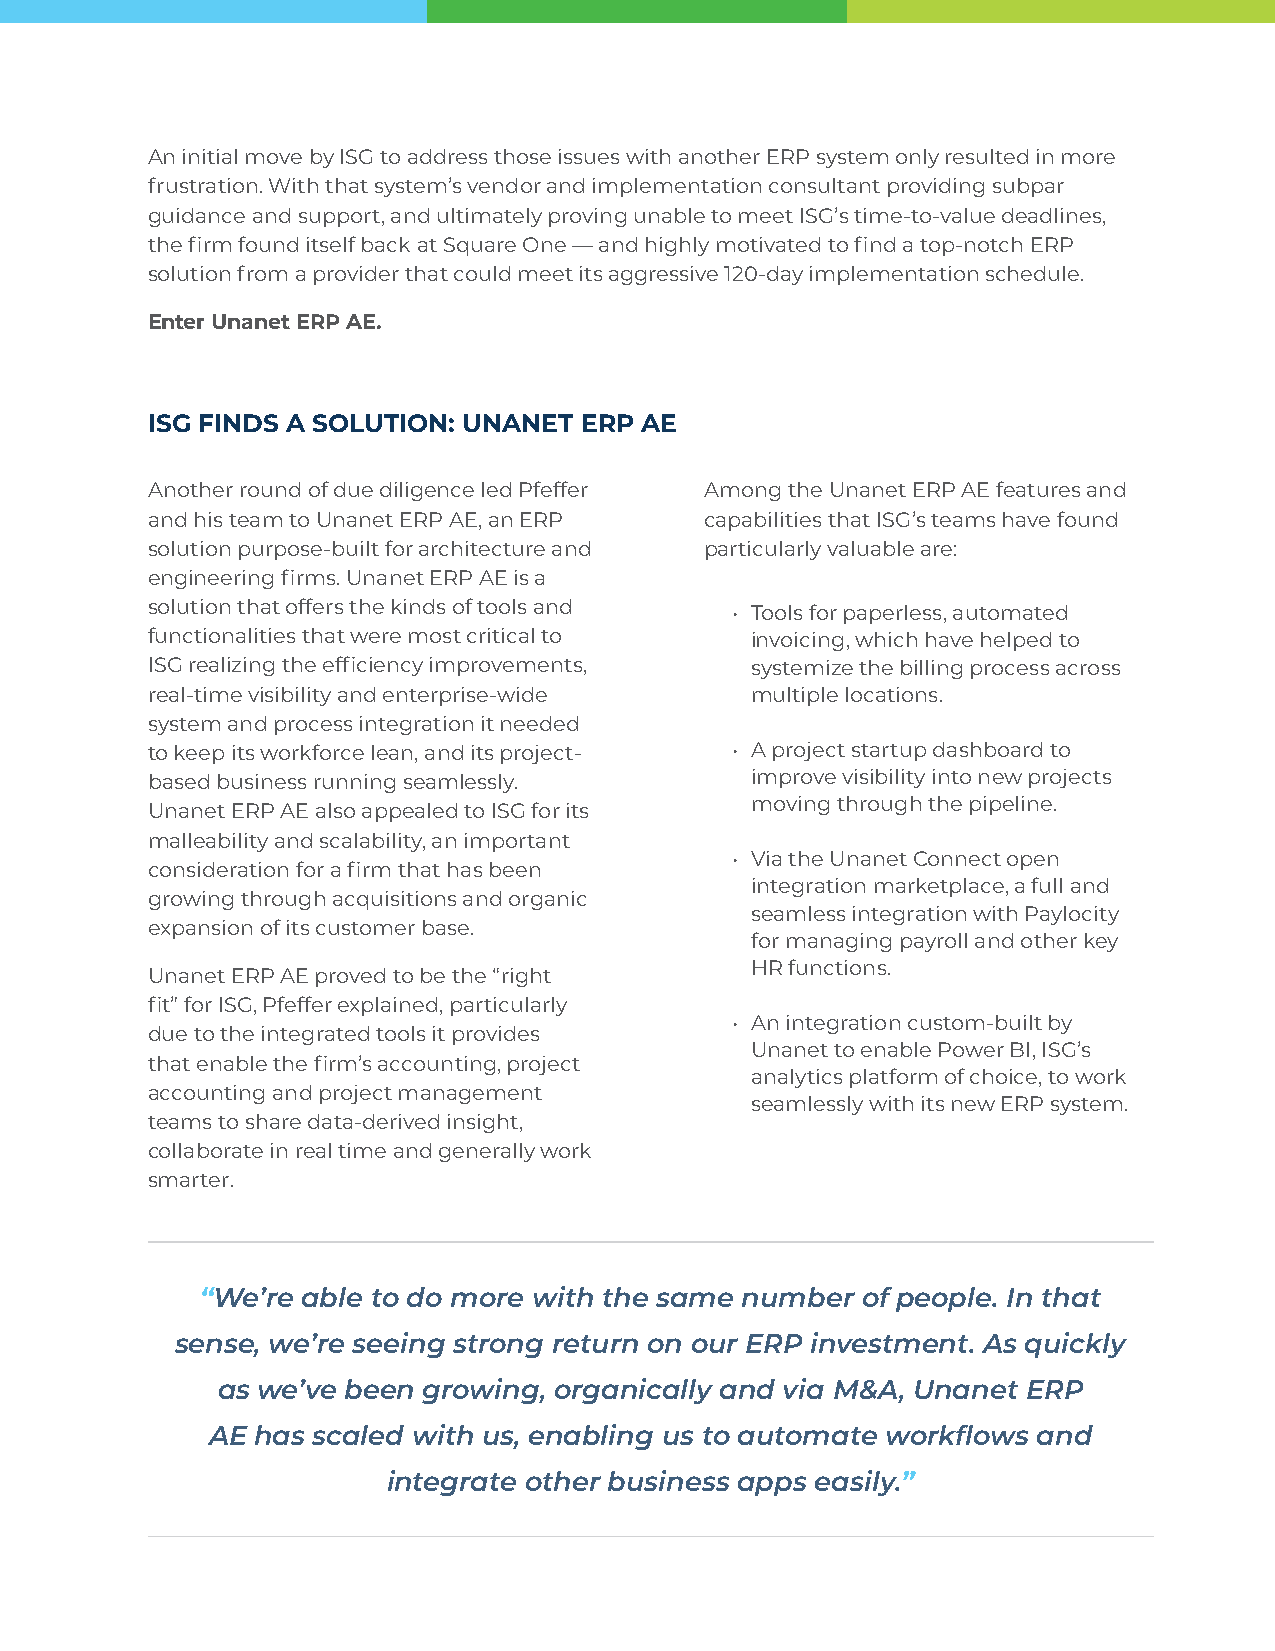
An initial move by ISG to address those issues with another ERP system only resulted in more
 frustration. With that system’s vendor and implementation consultant providing subpar
 guidance and support, and ultimately proving unable to meet ISG’s time-to-value deadlines,
 the firm found itself back at Square One — and highly motivated to find a top-notch ERP
 solution from a provider that could meet its aggressive 120-day implementation schedule.
 Enter Unanet ERP AE.
 ISG FINDS A SOLUTION: UNANET ERP AE
 Another round of due diligence led Pfeffer Among the Unanet ERP AE features and
 and his team to Unanet ERP AE, an ERP capabilities that ISG’s teams have found
 solution purpose-built for architecture and particularly valuable are:
 engineering firms. Unanet ERP AE is a
 solution that offers the kinds of tools and • Tools for paperless, automated
 functionalities that were most critical to invoicing, which have helped to
 ISG realizing the efficiency improvements, systemize the billing process across
 real-time visibility and enterprise-wide multiple locations.
 system and process integration it needed
 to keep its workforce lean, and its project- • A project startup dashboard to
 based business running seamlessly.      improve visibility into new projects
 moving through the pipeline.
 Unanet ERP AE also appealed to ISG for its
 malleability and scalability, an important
 • Via the Unanet Connect open
 consideration for a firm that has been
 integration marketplace, a full and
 growing through acquisitions and organic
 seamless integration with Paylocity
 expansion of its customer base.
 for managing payroll and other key
 HR functions.
 Unanet ERP AE proved to be the “right
 fit” for ISG, Pfeffer explained, particularly
 • An integration custom-built by
 due to the integrated tools it provides
 Unanet to enable Power BI, ISG’s
 that enable the firm’s accounting, project
 analytics platform of choice, to work
 accounting and project management
 seamlessly with its new ERP system.
 teams to share data-derived insight,
 collaborate in real time and generally work
 smarter.
 “We’re able to do more with the same number of people. In that
 sense, we’re seeing strong return on our ERP investment. As quickly
 as we’ve been growing, organically and via M&A, Unanet ERP
 AE has scaled with us, enabling us to automate workflows and
 integrate other business apps easily.”